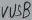
Text: VUSB